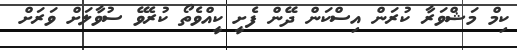
ކިމް މަޝްވަރާ ކުރަން އިސްކަން ދޭން ފެށީ ކީއްވެތޯ ކުރެވޭ ސުވާލަށް ވަރަށް